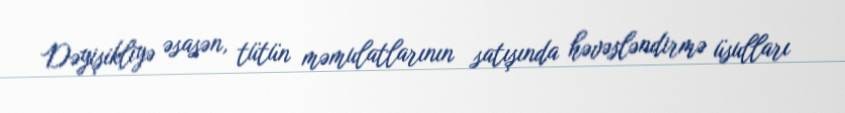
Dəyişikliyə əsasən, tütün məmulatlarının satışında həvəsləndirmə üsulları